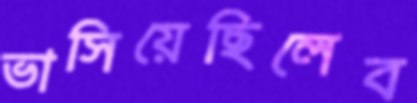
ভাসিয়েছিলেব